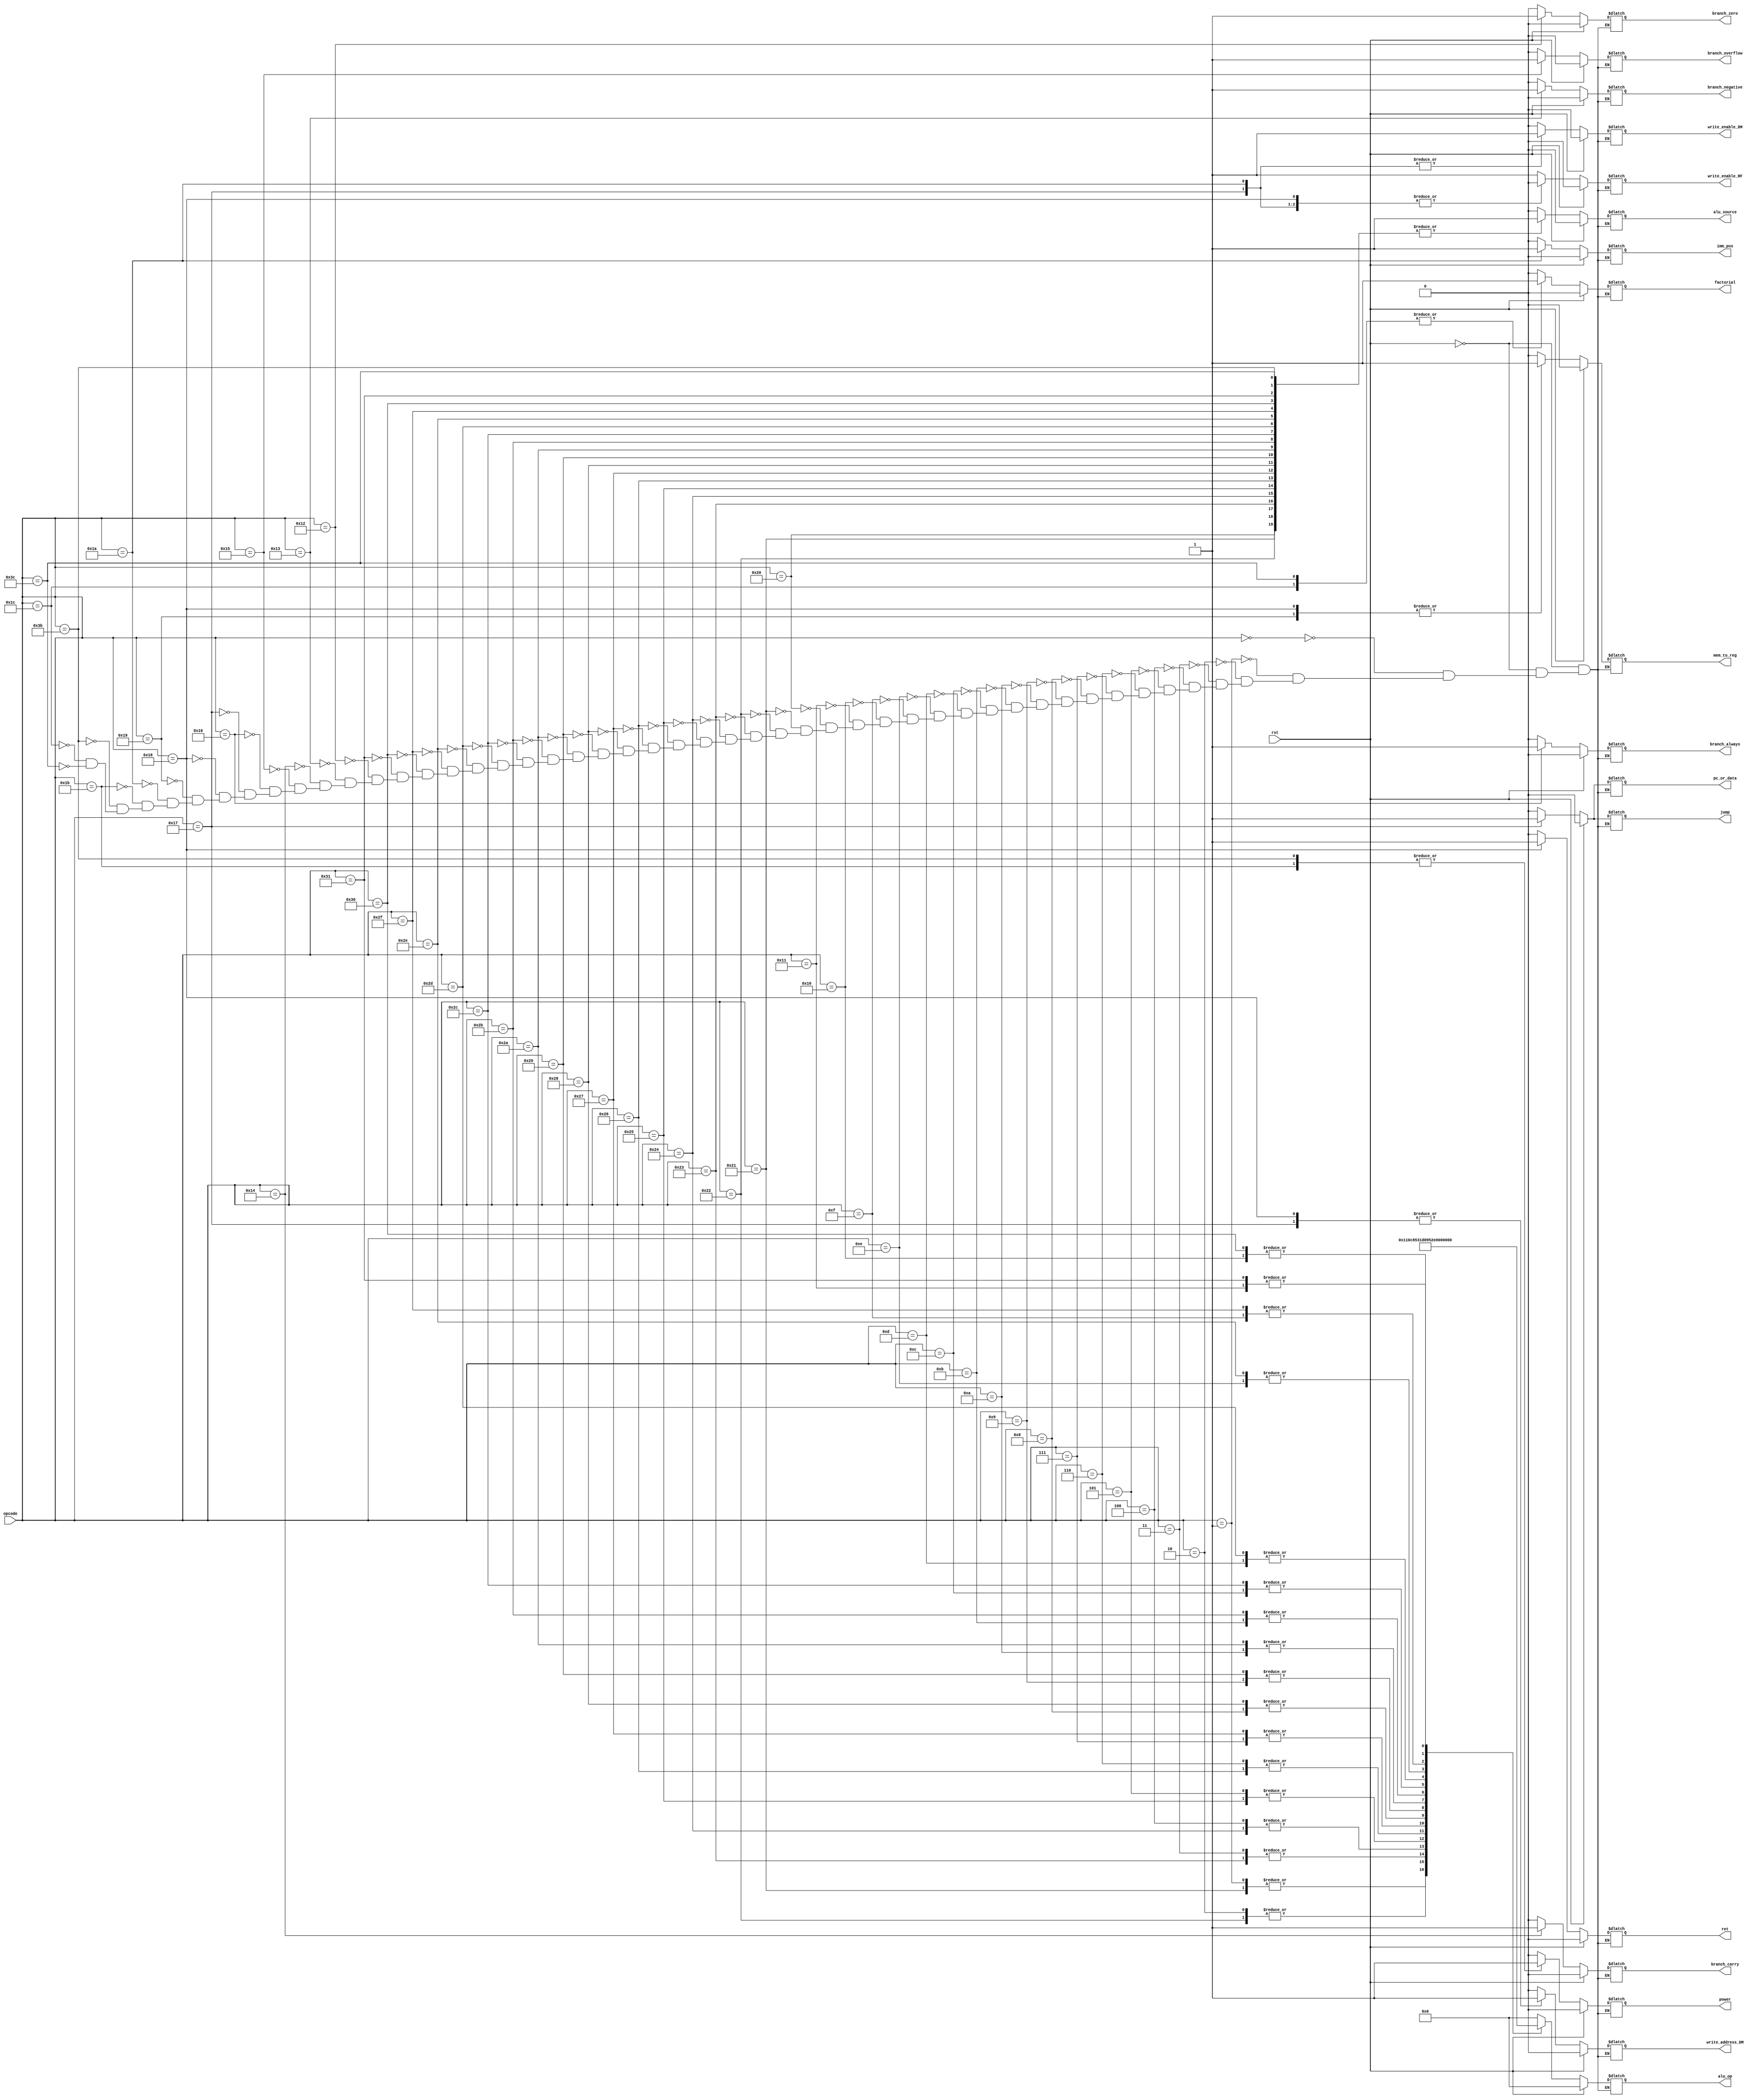
`timescale 1ns / 1ps
//////////////////////////////////////////////////////////////////////////////////
// Company: 
// Engineer: 
// 
// Design Name: 
// Module Name: control_unit
// Project Name: 
// Target Devices: 
// Tool Versions: 
// Description: 
// 
// Dependencies: 
// 
// Revision:
// Revision 0.01 - File Created
// Additional Comments:
// 
//////////////////////////////////////////////////////////////////////////////////


module control_unit(
    input [5:0] opcode,
    input rst,
    output reg[4:0]alu_op,
    output reg jump, branch_zero, branch_negative, branch_carry, branch_overflow, branch_always, alu_source, write_enable_DM, write_enable_RF, pc_or_data, mem_to_reg, write_address_DM, imm_pos, ret, power, factorial
);

always @(*) begin
    if(rst) begin
        alu_op = 5'b00000;
	    alu_source = 0;
        jump = 0;
        branch_zero = 0;
	    branch_negative = 0;
	    branch_carry = 0;
	    branch_overflow = 0;
	    branch_always = 0;
        write_enable_DM = 0;
        write_enable_RF = 0;
        pc_or_data = 0;
        mem_to_reg = 0;
        write_address_DM = 0;
        imm_pos = 0;
        ret = 0;
        power = 0;
        factorial = 0;
    end
    else begin
    case(opcode)
	//arithmetic
        6'b000000: begin
            alu_op = 5'b00000;
	        alu_source = 0;
            jump = 0;
            branch_zero = 0;
	        branch_negative = 0;
	        branch_carry = 0;
 	        branch_overflow = 0;
	        branch_always = 0;
            write_enable_DM = 0;
            write_enable_RF = 1;
            pc_or_data = 0;
            mem_to_reg = 0;
            write_address_DM = 0;
            imm_pos = 0;
            ret = 0;
            power = 0;
            factorial = 0;
        end
        6'b000001: begin
            alu_op = 5'b00001;
	        alu_source = 0;
            jump = 0;
            branch_zero = 0;
	        branch_negative = 0;
	        branch_carry = 0;
 	        branch_overflow = 0;
	        branch_always = 0;
            write_enable_DM = 0;
            write_enable_RF = 1;
            pc_or_data = 0;
            mem_to_reg = 0;
            write_address_DM = 0;
            imm_pos = 0;
            ret = 0;
            power = 0;
            factorial = 0;
        end
        6'b000010: begin
            alu_op = 5'b00010;
	        alu_source = 0;
            jump = 0;
            branch_zero = 0;
	        branch_negative = 0;
	        branch_carry = 0;
 	        branch_overflow = 0;
	        branch_always = 0;
            write_enable_DM = 0;
            write_enable_RF = 1;
            pc_or_data = 0;
            mem_to_reg = 0;
            write_address_DM = 0;
            imm_pos = 0;
            ret = 0;
            power = 0;
            factorial = 0;
        end
        6'b000011: begin
            alu_op = 5'b00011;
	        alu_source = 0;
            jump = 0;
            branch_zero = 0;
	        branch_negative = 0;
	        branch_carry = 0;
 	        branch_overflow = 0;
	        branch_always = 0;
            write_enable_DM = 0;
            write_enable_RF = 1;
            pc_or_data = 0;
            mem_to_reg = 0;
            write_address_DM = 0;
            imm_pos = 0;
            ret = 0;
            power = 0;
            factorial = 0;
        end
        6'b000100: begin
            alu_op = 5'b00100;
	        alu_source = 0;
            jump = 0;
            branch_zero = 0;
	        branch_negative = 0;
	        branch_carry = 0;
 	        branch_overflow = 0;
	        branch_always = 0;
            write_enable_DM = 0;
            write_enable_RF = 1;
            pc_or_data = 0;
            mem_to_reg = 0;
            write_address_DM = 0;
            imm_pos = 0;
            ret = 0;
            power = 0;
            factorial = 0;
        end
        6'b000101: begin
            alu_op = 5'b00101;
	        alu_source = 0;
            jump = 0;
            branch_zero = 0;
	        branch_negative = 0;
	        branch_carry = 0;
 	        branch_overflow = 0;
	        branch_always = 0;
            write_enable_DM = 0;
            write_enable_RF = 1;
            pc_or_data = 0;
            mem_to_reg = 0;
            write_address_DM = 0;
            imm_pos = 0;
            ret = 0;
            power = 0;
            factorial = 0;
        end
        6'b000110: begin
            alu_op = 5'b00110;
	        alu_source = 0;
            jump = 0;
            branch_zero = 0;
	        branch_negative = 0;
	        branch_carry = 0;
 	        branch_overflow = 0;
	        branch_always = 0;
            write_enable_DM = 0;
            write_enable_RF = 1;
            pc_or_data = 0;
            mem_to_reg = 0;
            write_address_DM = 0;
            imm_pos = 0;
            ret = 0;
            power = 0;
            factorial = 0;
        end
        6'b000111: begin
            alu_op = 5'b00111;
	        alu_source = 0;
            jump = 0;
            branch_zero = 0;
	        branch_negative = 0;
	        branch_carry = 0;
 	        branch_overflow = 0;
	        branch_always = 0;
            write_enable_DM = 0;
            write_enable_RF = 1;
            pc_or_data = 0;
            mem_to_reg = 0;
            write_address_DM = 0;
            imm_pos = 0;
            ret = 0;
            power = 0;
            factorial = 0;
        end
        6'b001000: begin
            alu_op = 5'b01000;
	        alu_source = 0;
            jump = 0;
            branch_zero = 0;
	        branch_negative = 0;
	        branch_carry = 0;
 	        branch_overflow = 0;
	        branch_always = 0;
            write_enable_DM = 0;
            write_enable_RF = 1;
            pc_or_data = 0;
            mem_to_reg = 0;
            write_address_DM = 0;
            imm_pos = 0;
            ret = 0;
            power = 0;
            factorial = 0;
        end
        6'b001001: begin
            alu_op = 5'b01001;
	        alu_source = 0;
            jump = 0;
            branch_zero = 0;
	        branch_negative = 0;
	        branch_carry = 0;
 	        branch_overflow = 0;
	        branch_always = 0;
            write_enable_DM = 0;
            write_enable_RF = 1;
            pc_or_data = 0;
            mem_to_reg = 0;
            write_address_DM = 0;
            imm_pos = 0;
            ret = 0;
            power = 0;
            factorial = 0;
        end
        6'b001010: begin
            alu_op = 5'b01010;
	        alu_source = 0;
            jump = 0;
            branch_zero = 0;
	        branch_negative = 0;
	        branch_carry = 0;
 	        branch_overflow = 0;
	        branch_always = 0;
            write_enable_DM = 0;
            write_enable_RF = 1;
            pc_or_data = 0;
            mem_to_reg = 0;
            write_address_DM = 0;
            imm_pos = 0;
            ret = 0;
            power = 0;
            factorial = 0;
        end
        6'b001011: begin
            alu_op = 5'b01011;
	        alu_source = 0;
            jump = 0;
            branch_zero = 0;
	        branch_negative = 0;
	        branch_carry = 0;
 	        branch_overflow = 0;
	        branch_always = 0;
            write_enable_DM = 0;
            write_enable_RF = 1;
            pc_or_data = 0;
            mem_to_reg = 0;
            write_address_DM = 0;
            imm_pos = 0;
            ret = 0;
            power = 0;
            factorial = 0;
        end
        6'b001100: begin
            alu_op = 5'b01100;
	        alu_source = 0;
            jump = 0;
            branch_zero = 0;
	        branch_negative = 0;
	        branch_carry = 0;
 	        branch_overflow = 0;
	        branch_always = 0;
            write_enable_DM = 0;
            write_enable_RF = 1;
            pc_or_data = 0;
            mem_to_reg = 0;
            write_address_DM = 0;
            imm_pos = 0;
            ret = 0;
            power = 0;
            factorial = 0;
        end
        6'b001101: begin
            alu_op = 5'b01101;
	        alu_source = 0;
            jump = 0;
            branch_zero = 0;
	        branch_negative = 0;
	        branch_carry = 0;
 	        branch_overflow = 0;
	        branch_always = 0;
            write_enable_DM = 0;
            write_enable_RF = 1;
            pc_or_data = 0;
            mem_to_reg = 0;
            write_address_DM = 0;
            imm_pos = 0;
            ret = 0;
            power = 0;
            factorial = 0;
        end
        6'b001110: begin
            alu_op = 5'b01110;
	        alu_source = 0;
            jump = 0;
            branch_zero = 0;
	        branch_negative = 0;
	        branch_carry = 0;
 	        branch_overflow = 0;
	        branch_always = 0;
            write_enable_DM = 0;
            write_enable_RF = 1;
            pc_or_data = 0;
            mem_to_reg = 0;
            write_address_DM = 0;
            imm_pos = 0;
            ret = 0;
            power = 0;
            factorial = 0;
        end
        6'b001111: begin
            alu_op = 5'b01111;
	        alu_source = 0;
            jump = 0;
            branch_zero = 0;
	        branch_negative = 0;
	        branch_carry = 0;
 	        branch_overflow = 0;
	        branch_always = 0;
            write_enable_DM = 0;
            write_enable_RF = 1;
            pc_or_data = 0;
            mem_to_reg = 0;
            write_address_DM = 0;
            imm_pos = 0;
            ret = 0;
            power = 0;
            factorial = 0;
        end
        6'b010000: begin
            alu_op = 5'b10000;
	        alu_source = 0;
            jump = 0;
            branch_zero = 0;
	        branch_negative = 0;
	        branch_carry = 0;
 	        branch_overflow = 0;
	        branch_always = 0;
            write_enable_DM = 0;
            write_enable_RF = 1;
            pc_or_data = 0;
            mem_to_reg = 0;
            write_address_DM = 0;
            imm_pos = 0;
            ret = 0;
            power = 0;
            factorial = 0;
        end
        6'b010001: begin
            alu_op = 5'b10001;
	        alu_source = 0;
            jump = 0;
            branch_zero = 0;
	        branch_negative = 0;
	        branch_carry = 0;
 	        branch_overflow = 0;
	        branch_always = 0;
            write_enable_DM = 0;
            write_enable_RF = 1;
            pc_or_data = 0;
            mem_to_reg = 0;
            write_address_DM = 0;
            imm_pos = 0;
            ret = 0;
            power = 0;
            factorial = 0;
        end
        6'b100000: begin
            alu_op = 5'b00000;
	        alu_source = 1;
            jump = 0;
            branch_zero = 0;
	        branch_negative = 0;
	        branch_carry = 0;
 	        branch_overflow = 0;
	        branch_always = 0;
            write_enable_DM = 0;
            write_enable_RF = 1;
            pc_or_data = 0;
            mem_to_reg = 0;
            write_address_DM = 0;
            imm_pos = 0;
            ret = 0;
            power = 0;
            factorial = 0;
        end
        6'b100001: begin
            alu_op = 5'b00001;
	        alu_source = 1;
            jump = 0;
            branch_zero = 0;
	        branch_negative = 0;
	        branch_carry = 0;
 	        branch_overflow = 0;
	        branch_always = 0;
            write_enable_DM = 0;
            write_enable_RF = 1;
            pc_or_data = 0;
            mem_to_reg = 0;
            write_address_DM = 0;
            imm_pos = 0;
            ret = 0;
            power = 0;
            factorial = 0;
        end
        6'b100010: begin
            alu_op = 5'b00010;
	        alu_source = 1;
            jump = 0;
            branch_zero = 0;
	        branch_negative = 0;
	        branch_carry = 0;
 	        branch_overflow = 0;
	        branch_always = 0;
            write_enable_DM = 0;
            write_enable_RF = 1;
            pc_or_data = 0;
            mem_to_reg = 0;
            write_address_DM = 0;
            imm_pos = 0;
            ret = 0;
            power = 0;
            factorial = 0;
        end
        6'b100011: begin
            alu_op = 5'b00011;
	        alu_source = 1;
            jump = 0;
            branch_zero = 0;
	        branch_negative = 0;
	        branch_carry = 0;
 	        branch_overflow = 0;
	        branch_always = 0;
            write_enable_DM = 0;
            write_enable_RF = 1;
            pc_or_data = 0;
            mem_to_reg = 0;
            write_address_DM = 0;
            imm_pos = 0;
            ret = 0;
            power = 0;
            factorial = 0;
        end
        6'b100100: begin
            alu_op = 5'b00100;
	        alu_source = 1;
            jump = 0;
            branch_zero = 0;
	        branch_negative = 0;
	        branch_carry = 0;
 	        branch_overflow = 0;
	        branch_always = 0;
            write_enable_DM = 0;
            write_enable_RF = 1;
            pc_or_data = 0;
            mem_to_reg = 0;
            write_address_DM = 0;
            imm_pos = 0;
            ret = 0;
            power = 0;
            factorial = 0;
        end
        6'b100101: begin
            alu_op = 5'b00101;
	        alu_source = 1;
            jump = 0;
            branch_zero = 0;
	        branch_negative = 0;
	        branch_carry = 0;
 	        branch_overflow = 0;
	        branch_always = 0;
            write_enable_DM = 0;
            write_enable_RF = 1;
            pc_or_data = 0;
            mem_to_reg = 0;
            write_address_DM = 0;
            imm_pos = 0;
            ret = 0;
            power = 0;
            factorial = 0;
        end
        6'b100110: begin
            alu_op = 5'b00110;
	        alu_source = 1;
            jump = 0;
            branch_zero = 0;
	        branch_negative = 0;
	        branch_carry = 0;
 	        branch_overflow = 0;
	        branch_always = 0;
            write_enable_DM = 0;
            write_enable_RF = 1;
            pc_or_data = 0;
            mem_to_reg = 0;
            write_address_DM = 0;
            imm_pos = 0;
            ret = 0;
            power = 0;
            factorial = 0;
        end
        6'b100111: begin
            alu_op = 5'b00111;
	        alu_source = 1;
            jump = 0;
            branch_zero = 0;
	        branch_negative = 0;
	        branch_carry = 0;
 	        branch_overflow = 0;
	        branch_always = 0;
            write_enable_DM = 0;
            write_enable_RF = 1;
            pc_or_data = 0;
            mem_to_reg = 0;
            write_address_DM = 0;
            imm_pos = 0;
            ret = 0;
            power = 0;
            factorial = 0;
        end
        6'b101000: begin
            alu_op = 5'b01000;
	        alu_source = 1;
            jump = 0;
            branch_zero = 0;
	        branch_negative = 0;
	        branch_carry = 0;
 	        branch_overflow = 0;
	        branch_always = 0;
            write_enable_DM = 0;
            write_enable_RF = 1;
            pc_or_data = 0;
            mem_to_reg = 0;
            write_address_DM = 0;
            imm_pos = 0;
            ret = 0;
            power = 0;
            factorial = 0;
        end
        6'b101001: begin
            alu_op = 5'b01001;
	        alu_source = 1;
            jump = 0;
            branch_zero = 0;
	        branch_negative = 0;
	        branch_carry = 0;
 	        branch_overflow = 0;
	        branch_always = 0;
            write_enable_DM = 0;
            write_enable_RF = 1;
            pc_or_data = 0;
            mem_to_reg = 0;
            write_address_DM = 0;
            imm_pos = 0;
            ret = 0;
            power = 0;
            factorial = 0;
        end
        6'b101010: begin
            alu_op = 5'b01010;
	        alu_source = 1;
            jump = 0;
            branch_zero = 0;
	        branch_negative = 0;
	        branch_carry = 0;
 	        branch_overflow = 0;
	        branch_always = 0;
            write_enable_DM = 0;
            write_enable_RF = 1;
            pc_or_data = 0;
            mem_to_reg = 0;
            write_address_DM = 0;
            imm_pos = 0;
            ret = 0;
            power = 0;
            factorial = 0;
        end
        6'b101011: begin
            alu_op = 5'b01011;
	        alu_source = 1;
            jump = 0;
            branch_zero = 0;
	        branch_negative = 0;
	        branch_carry = 0;
 	        branch_overflow = 0;
	        branch_always = 0;
            write_enable_DM = 0;
            write_enable_RF = 1;
            pc_or_data = 0;
            mem_to_reg = 0;
            write_address_DM = 0;
            imm_pos = 0;
            ret = 0;
            power = 0;
            factorial = 0;
        end
        6'b101100: begin
            alu_op = 5'b01100;
	        alu_source = 1;
            jump = 0;
            branch_zero = 0;
	        branch_negative = 0;
	        branch_carry = 0;
 	        branch_overflow = 0;
	        branch_always = 0;
            write_enable_DM = 0;
            write_enable_RF = 1;
            pc_or_data = 0;
            mem_to_reg = 0;
            write_address_DM = 0;
            imm_pos = 0;
            ret = 0;
            power = 0;
            factorial = 0;
        end
        6'b101101: begin
            alu_op = 5'b01101;
	        alu_source = 1;
            jump = 0;
            branch_zero = 0;
	        branch_negative = 0;
	        branch_carry = 0;
 	        branch_overflow = 0;
	        branch_always = 0;
            write_enable_DM = 0;
            write_enable_RF = 1;
            pc_or_data = 0;
            mem_to_reg = 0;
            write_address_DM = 0;
            imm_pos = 0;
            ret = 0;
            power = 0;
            factorial = 0;
        end
        6'b101110: begin
            alu_op = 5'b01110;
	        alu_source = 1;
            jump = 0;
            branch_zero = 0;
	        branch_negative = 0;
	        branch_carry = 0;
 	        branch_overflow = 0;
	        branch_always = 0;
            write_enable_DM = 0;
            write_enable_RF = 1;
            pc_or_data = 0;
            mem_to_reg = 0;
            write_address_DM = 0;
            imm_pos = 0;
            ret = 0;
            power = 0;
            factorial = 0;
        end
        6'b101111: begin
            alu_op = 5'b01111;
	        alu_source = 1;
            jump = 0;
            branch_zero = 0;
	        branch_negative = 0;
	        branch_carry = 0;
 	        branch_overflow = 0;
	        branch_always = 0;
            write_enable_DM = 0;
            write_enable_RF = 1;
            pc_or_data = 0;
            mem_to_reg = 0;
            write_address_DM = 0;
            imm_pos = 0;
            ret = 0;
            power = 0;
            factorial = 0;
        end
        6'b110000: begin
            alu_op = 5'b10000;
	        alu_source = 1;
            jump = 0;
            branch_zero = 0;
	        branch_negative = 0;
	        branch_carry = 0;
 	        branch_overflow = 0;
	        branch_always = 0;
            write_enable_DM = 0;
            write_enable_RF = 1;
            pc_or_data = 0;
            mem_to_reg = 0;
            write_address_DM = 0;
            imm_pos = 0;
            ret = 0;
            power = 0;
            factorial = 0;
        end
        6'b110001: begin
            alu_op = 5'b10001;
	        alu_source = 1;
            jump = 0;
            branch_zero = 0;
	        branch_negative = 0;
	        branch_carry = 0;
 	        branch_overflow = 0;
	        branch_always = 0;
            write_enable_DM = 0;
            write_enable_RF = 1;
            pc_or_data = 0;
            mem_to_reg = 0;
            write_address_DM = 0;
            imm_pos = 0;
            ret = 0;
            power = 0;
            factorial = 0;
        end
	//end of arithmetic
	//branch
	6'b010010 : begin //brz
	        alu_op = 5'b00000;
	        alu_source = 0;
            jump = 0;
            branch_zero = 1;
	        branch_negative = 0;
	        branch_carry = 0;
 	        branch_overflow = 0;
	        branch_always = 0;
            write_enable_DM = 0;
            write_enable_RF = 0;
            pc_or_data = 0;
            mem_to_reg = 0;
            write_address_DM = 0;
            imm_pos = 0;
            ret = 0;
            power = 0;
            factorial = 0;
	end
	6'b010011 : begin //brn
	        alu_op = 5'b00000;
	        alu_source = 0;
            jump = 0;
            branch_zero = 0;
	        branch_negative = 1;
	        branch_carry = 0;
 	        branch_overflow = 0;
	        branch_always = 0;
            write_enable_DM = 0;
            write_enable_RF = 0;
            pc_or_data = 0;
            mem_to_reg = 0;
            write_address_DM = 0;
            imm_pos = 0;
            ret = 0;
            power = 0;
            factorial = 0;
	end
	6'b010100 : begin //brc
	        alu_op = 5'b00000;
	        alu_source = 0;
            jump = 0;
            branch_zero = 0;
	        branch_negative = 0;
	        branch_carry = 1;
 	        branch_overflow = 0;
	        branch_always = 0;
            write_enable_DM = 0;
            write_enable_RF = 0;
            pc_or_data = 0;
            mem_to_reg = 0;
            write_address_DM = 0;
            imm_pos = 0;
            ret = 0;
            power = 0;
            factorial = 0;
	end
	6'b010101 : begin //bro
	        alu_op = 5'b00000;
	        alu_source = 0;
            jump = 0;
            branch_zero = 0;
	        branch_negative = 0;
	        branch_carry = 0;
 	        branch_overflow = 1;
	        branch_always = 0;
            write_enable_DM = 0;
            write_enable_RF = 0;
            pc_or_data = 0;
            mem_to_reg = 0;
            write_address_DM = 0;
            imm_pos = 0;
            ret = 0;
            power = 0;
            factorial = 0;
	end
	6'b010110 : begin //bra
	        alu_op = 5'b00000;
	        alu_source = 0;
            jump = 0;
            branch_zero = 0;
	        branch_negative = 0;
	        branch_carry = 0;
 	        branch_overflow = 0;
	        branch_always = 1;
            write_enable_DM = 0;
            write_enable_RF = 0;
            pc_or_data = 0;
            mem_to_reg = 0;
            write_address_DM = 0;
            imm_pos = 0;
            ret = 0;
            power = 0;
            factorial = 0;
	end
	6'b010111 : begin //jmp
	        alu_op = 5'b00000;
	        alu_source = 0;
            jump = 1;
            branch_zero = 0;
	        branch_negative = 0;
	        branch_carry = 0;
 	        branch_overflow = 0;
	        branch_always = 0;
            write_enable_DM = 1;
            write_enable_RF = 0;
            pc_or_data = 1;
            mem_to_reg = 0;
            write_address_DM = 1;
            imm_pos = 0;
            ret = 0;
            power = 0;
            factorial = 0;
	end
	6'b011000 : begin //ret
	        alu_op = 5'b00000;
	        alu_source = 0;
            jump = 0;
            branch_zero = 0;
	        branch_negative = 0;
	        branch_carry = 0;
 	        branch_overflow = 0;
	        branch_always = 0;
            write_enable_DM = 0;
            write_enable_RF = 0;
            pc_or_data = 0;
            mem_to_reg = 1;
            write_address_DM = 1;
            imm_pos = 0;
            ret = 1;
            power = 0;
            factorial = 0;
	end
	//end of branch
	//load and store
	6'b011001 : begin //lw
	        alu_op = 5'b00000;
	        alu_source = 0;
            jump = 0;
            branch_zero = 0;
	        branch_negative = 0;
	        branch_carry = 0;
 	        branch_overflow = 0;
	        branch_always = 0;
            write_enable_DM = 0;
            write_enable_RF = 1;
            pc_or_data = 0;
            mem_to_reg = 1;
            write_address_DM = 0;
            imm_pos = 0;
            ret = 0;
            power = 0;
            factorial = 0;
	end
	6'b011010 : begin //sw
	        alu_op = 5'b00000;
	        alu_source = 0;
            jump = 0;
            branch_zero = 0;
	        branch_negative = 0;
	        branch_carry = 0;
 	        branch_overflow = 0;
	        branch_always = 0;
            write_enable_DM = 1;
            write_enable_RF = 0;
            pc_or_data = 0;
            mem_to_reg = 0;
            write_address_DM = 0;
            imm_pos = 1;
            ret = 0;
            power = 0;
            factorial = 0;
	end
	//end of load and store
	//begin of complex instructions
	6'b011011 : begin
		    alu_op = 5'b00000;
	        alu_source = 0;
            jump = 0;
            branch_zero = 0;
	        branch_negative = 0;
	        branch_carry = 0;
 	        branch_overflow = 0;
	        branch_always = 0;
            write_enable_DM = 0;
            write_enable_RF = 1;
            pc_or_data = 0;
            mem_to_reg = 0;
            write_address_DM = 0;
            imm_pos = 0;
            ret = 0;
            power = 1;
            factorial = 0;
	end
	6'b111011 : begin //imm
		    alu_op = 5'b00000;
	        alu_source = 1;
            jump = 0;
            branch_zero = 0;
	        branch_negative = 0;
	        branch_carry = 0;
 	        branch_overflow = 0;
	        branch_always = 0;
            write_enable_DM = 0;
            write_enable_RF = 1;
            pc_or_data = 0;
            mem_to_reg = 0;
            write_address_DM = 0;
            imm_pos = 0;
            ret = 0;
            power = 1;
            factorial = 0;
	end
	6'b011100 : begin
	        alu_op = 5'b00000;
	        alu_source = 0;
            jump = 0;
            branch_zero = 0;
	        branch_negative = 0;
	        branch_carry = 0;
 	        branch_overflow = 0;
	        branch_always = 0;
            write_enable_DM = 0;
            write_enable_RF = 1;
            pc_or_data = 0;
            mem_to_reg = 0;
            write_address_DM = 0;
            imm_pos = 0;
            ret = 0;
            power = 0;
            factorial = 1;
	end
	6'b111100 : begin
	        alu_op = 5'b00000;
	        alu_source = 1;
            jump = 0;
            branch_zero = 0;
	        branch_negative = 0;
	        branch_carry = 0;
 	        branch_overflow = 0;
	        branch_always = 0;
            write_enable_DM = 0;
            write_enable_RF = 1;
            pc_or_data = 0;
            mem_to_reg = 0;
            write_address_DM = 0;
            imm_pos = 0;
            ret = 0;
            power = 0;
            factorial = 1;
	end
	//end of complex instructions
      endcase
    end
end

endmodule